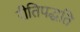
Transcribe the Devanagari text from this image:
रीतिपद्धति